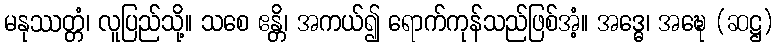
မနုဿတ္တံ၊ လူပြည်သို့။ သစေ ဧန္တိ၊ အကယ်၍ ရောက်ကုန်သည်ဖြစ်အံ့။ အဒ္ဓေ၊ အဍ္ဎေ (ဆဋ္ဌ)